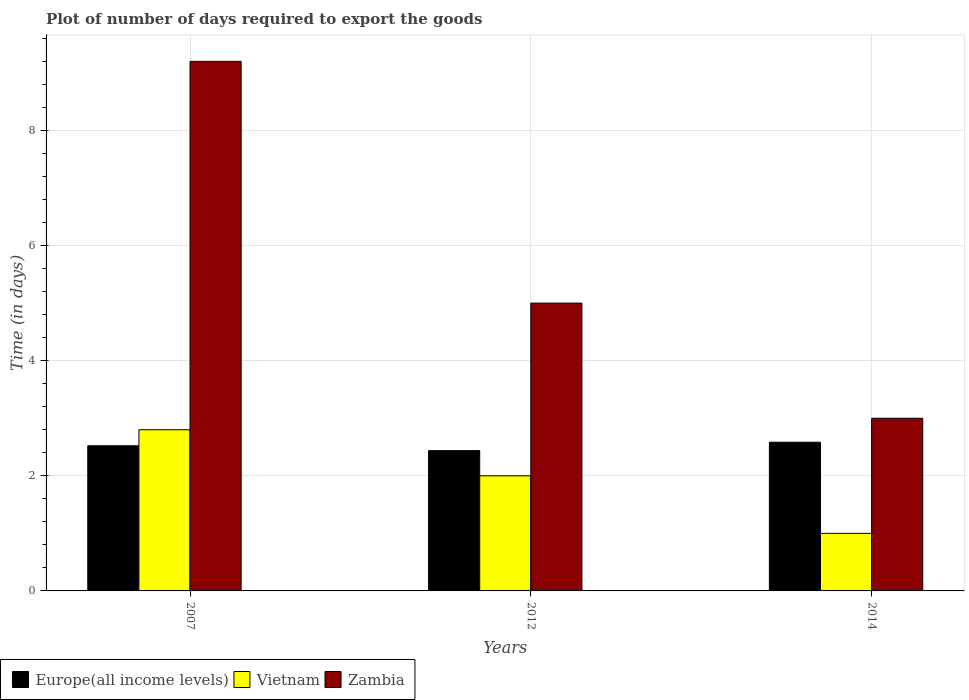
| Years | Europe(all income levels) | Vietnam | Zambia |
 | --- | --- | --- | --- |
 | 2007 | 2.52 | 2.8 | 9.2 |
 | 2012 | 2.44 | 2 | 5 |
 | 2014 | 2.58 | 1 | 3 |